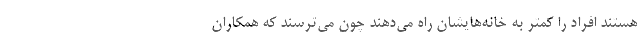
هستند افراد را کمتر به خانه‌هایشان راه می‌دهند چون می‌ترسند که همکاران